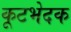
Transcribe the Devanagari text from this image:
कूटभेदक